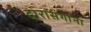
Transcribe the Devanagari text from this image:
दारासंगांना